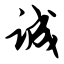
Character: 诚